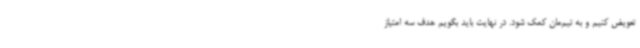
تعویض کنیم و به تیم‌مان کمک شود. در نهایت باید بگویم هدف‌ سه امتیاز